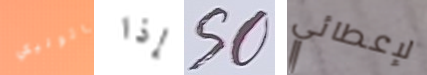
كاثوليكي إذا SO لإعطائي